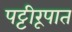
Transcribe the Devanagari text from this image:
पट्टीरूपात